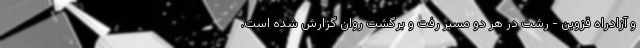
و آزادراه قزوین - رشت در هر دو مسیر رفت و برگشت روان گزارش شده است.